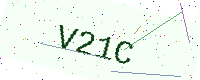
Text: V21C